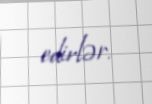
edirlər.